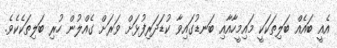
އެއީ ބައެއް ބަލިތަކަކީ މައިމީހާއާއި ބަނޑުގައިވާ ކުޑަދަރިފުޅަށް ވަރަށް ގެއްލުން ހުރި ބަލިތަކެކެވެ.